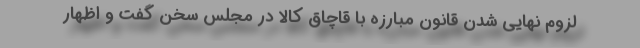
لزوم نهایی شدن قانون مبارزه با قاچاق کالا در مجلس سخن گفت و اظهار